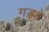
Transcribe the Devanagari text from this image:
गड़्हे